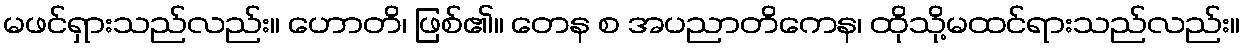
မဖင်ရှားသည်လည်း။ ဟောတိ၊ ဖြစ်၏။ တေန စ အပညာတိကေန၊ ထိုသို့မထင်ရားသည်လည်း။